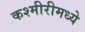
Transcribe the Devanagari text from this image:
कश्मीरीमध्ये